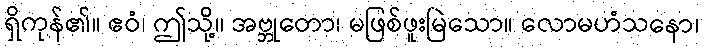
ရှိကုန်၏။ ဧဝံ၊ ဤသို့။ အဗ္ဘုတော၊ မဖြစ်ဖူးမြဲသော။ လောမဟံသနော၊